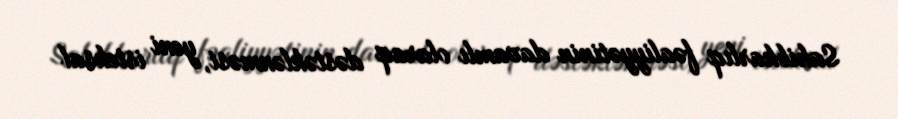
Sahibkarlıq fəaliyyətinin davamlı olaraq dəstəklənməsi, yeni istehsal